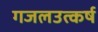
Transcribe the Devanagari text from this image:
गजलउत्कर्ष